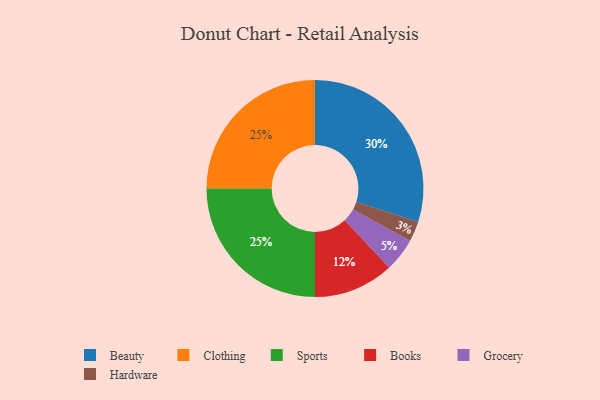
{"axis": {"x": "Category", "y": "Percentage"}, "legend": ["Beauty", "Books", "Clothing", "Grocery", "Hardware", "Sports"], "data": [{"x": "Hardware", "y": 3, "type": "Hardware"}, {"x": "Grocery", "y": 5, "type": "Grocery"}, {"x": "Clothing", "y": 25, "type": "Clothing"}, {"x": "Beauty", "y": 30, "type": "Beauty"}, {"x": "Books", "y": 12, "type": "Books"}, {"x": "Sports", "y": 25, "type": "Sports"}]}